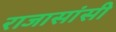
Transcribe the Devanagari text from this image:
राजासांसी